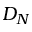
D _ { N }